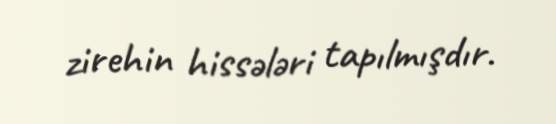
zirehin hissələri tapılmışdır.